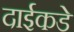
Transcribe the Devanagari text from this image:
दाईकडे